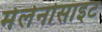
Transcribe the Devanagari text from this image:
मेलेनोसाइट